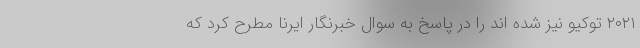
۲۰۲۱ توکیو نیز شده اند را در پاسخ به سوال خبرنگار ایرنا مطرح کرد که